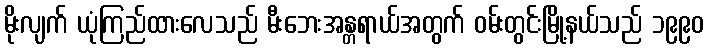
မိုးလျက် ယုံကြည်ထားလေသည် မီးဘေးအန္တရာယ်အတွက် ဝမ်းတွင်းမြို့နယ်သည် ၁၉၉၀